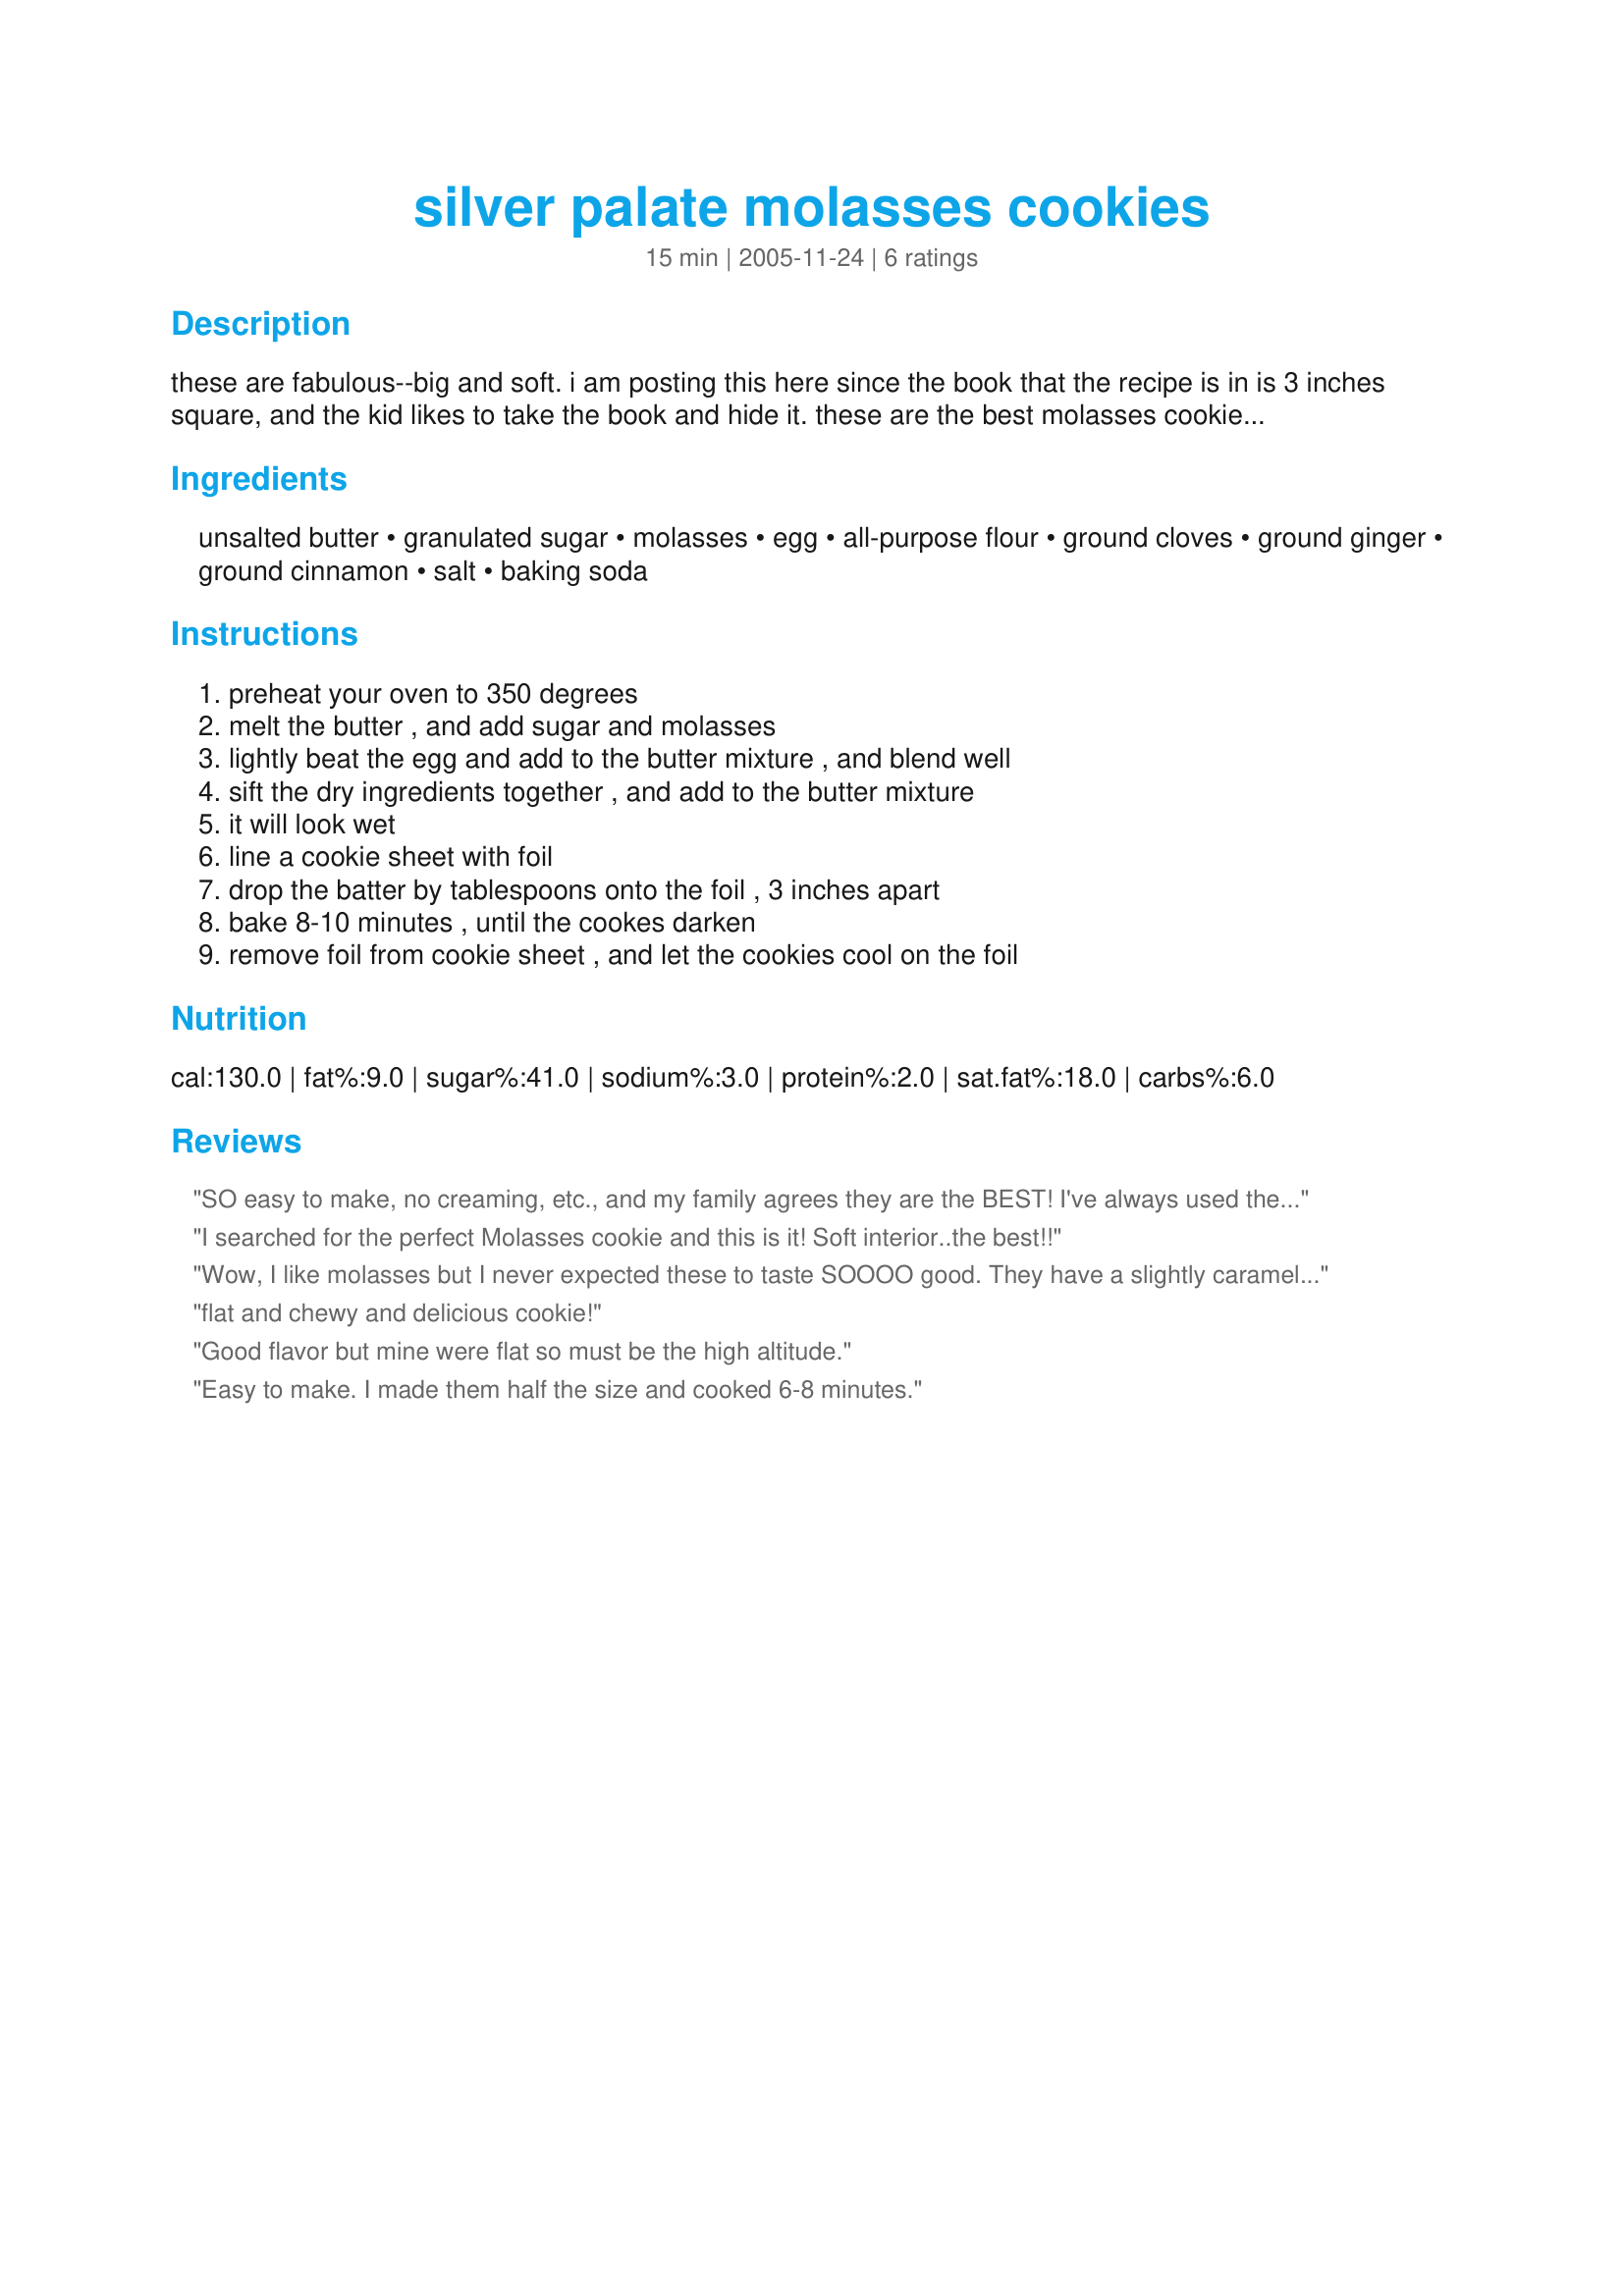
silver palate molasses cookies
Preparation time: 15 minutes

these are fabulous--big and soft. i am posting this here since the book that the recipe is in is 3 inches square, and the kid likes to take the book and hide it. these are the best molasses cookies i've had.

Ingredients:
unsalted butter, granulated sugar, molasses, egg, all-purpose flour, ground cloves, ground ginger, ground cinnamon, salt, baking soda

Steps:
preheat your oven to 350 degrees, melt the butter , and add sugar and molasses, lightly beat the egg and add to the butter mixture , and blend well, sift the dry ingredients together , and add to the butter mixture, it will look wet, line a cookie sheet with foil, drop the batter by tablespoons onto the foil , 3 inches apart, bake 8-10 minutes , until the cookes darken, remove foil from cookie sheet , and let the cookies cool on the foil

Reviews:
SO easy to make, no creaming, etc., and my family agrees they are the BEST! I've always used the foil because the Silver Palate specified using it. I never liked using it; standard size aluminum foil doesn't fit my cookie sheets well, and sometimes the cookies stick. Tried parchment paper today - HUGE success - better fit on the cookie sheet, and NO sticking.
I searched for the perfect Molasses cookie and this is it! Soft interior..the best!!
Wow, I like molasses but I never expected these to taste SOOOO good. They have a slightly caramel flavor and a beautiful texture. I doubled the batch and rolled up into wax paper so I can keep in the fridge and slice and bake a couple at a time. Thanks for an easy, tasty cookie!
flat and chewy and delicious cookie!
Good flavor but mine were flat so must be the high altitude.
Easy to make. I made them half the size and cooked 6-8 minutes.
